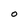
Character: O